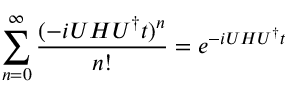
\sum _ { n = 0 } ^ { \infty } \frac { ( - i U H U ^ { \dagger } t ) ^ { n } } { n ! } = e ^ { - i U H U ^ { \dagger } t }